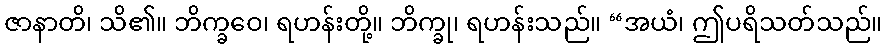
ဇာနာတိ၊ သိ၏။ ဘိက္ခဝေ၊ ရဟန်းတို့။ ဘိက္ခု၊ ရဟန်းသည်။ “အယံ၊ ဤပရိသတ်သည်။